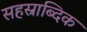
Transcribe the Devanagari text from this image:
सहस्राब्दिक